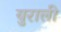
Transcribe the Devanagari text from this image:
युराली